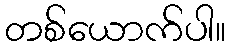
တစ်ယောက်ပါ။